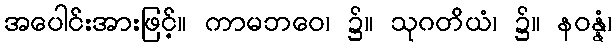
အပေါင်းအားဖြင့်။ ကာမဘဝေ၊ ၌။ သုဂတိယံ၊ ၌။ နဝန္နံ၊